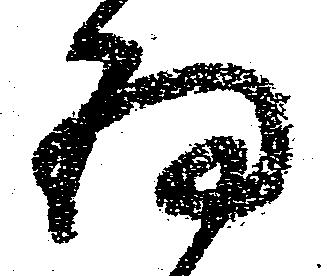
拝